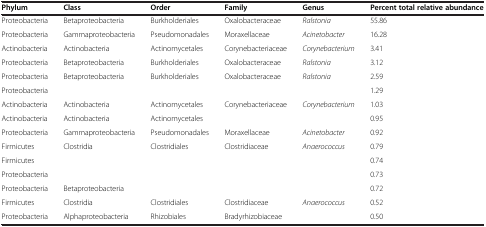
| Phylum | Class | Order | Family | Genus | Percent total relative abundance |
 | --- | --- | --- | --- | --- | --- |
 | Proteobacteria | Betaproteobacteria | Burkholderiales | Oxalobacteraceae | Ralstonia | 55.86 |
 | Proteobacteria | Gammaproteobacteria | Pseudomonadales | Moraxellaceae | Acinetobacter | 16.28 |
 | Actinobacteria | Actinobacteria | Actinomycetales | Corynebacteriaceae | Corynebacterium | 3.41 |
 | Proteobacteria | Betaproteobacteria | Burkholderiales | Oxalobacteraceae | Ralstonia | 3.12 |
 | Proteobacteria | Betaproteobacteria | Burkholderiales | Oxalobacteraceae | Ralstonia | 2.59 |
 | Proteobacteria |  |  |  |  | 1.29 |
 | Actinobacteria | Actinobacteria | Actinomycetales | Corynebacteriaceae | Corynebacterium | 1.03 |
 | Actinobacteria | Actinobacteria | Actinomycetales |  |  | 0.95 |
 | Proteobacteria | Gammaproteobacteria | Pseudomonadales | Moraxellaceae | Acinetobacter | 0.92 |
 | Firmicutes | Clostridia | Clostridiales | Clostridiaceae | Anaerococcus | 0.79 |
 | Firmicutes |  |  |  |  | 0.74 |
 | Proteobacteria |  |  |  |  | 0.73 |
 | Proteobacteria | Betaproteobacteria |  |  |  | 0.72 |
 | Firmicutes | Clostridia | Clostridiales | Clostridiaceae | Anaerococcus | 0.52 |
 | Proteobacteria | Alphaproteobacteria | Rhizobiales | Bradyrhizobiaceae |  | 0.50 |